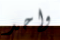
واحد